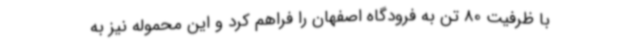
با ظرفیت 80 تن به فرودگاه اصفهان را فراهم کرد و این محموله نیز به